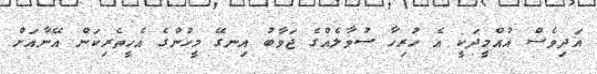
އަދިވެސް އުއްމީދަކީ އެ ހުރިހާ ސުވާލެއްގެ ޖަވާބު އިނގޭ މީހުންގެ އެހީތެރިކަން އޭނާއަށް